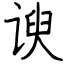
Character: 谀